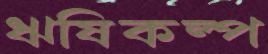
ঋষিকল্প